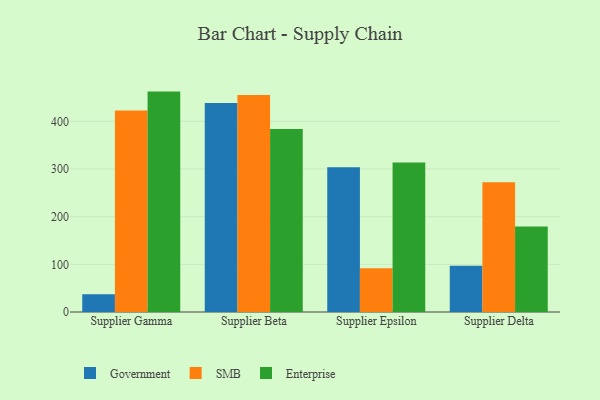
{"axis": {"x": "Supplier", "y": "Shipments"}, "legend": ["Enterprise", "Government", "SMB"], "data": [{"x": "Supplier Gamma", "y": 37.1, "type": "Government"}, {"x": "Supplier Gamma", "y": 422.9, "type": "SMB"}, {"x": "Supplier Gamma", "y": 462.3, "type": "Enterprise"}, {"x": "Supplier Beta", "y": 438.2, "type": "Government"}, {"x": "Supplier Beta", "y": 455.0, "type": "SMB"}, {"x": "Supplier Beta", "y": 383.7, "type": "Enterprise"}, {"x": "Supplier Epsilon", "y": 303.4, "type": "Government"}, {"x": "Supplier Epsilon", "y": 91.8, "type": "SMB"}, {"x": "Supplier Epsilon", "y": 313.4, "type": "Enterprise"}, {"x": "Supplier Delta", "y": 97.2, "type": "Government"}, {"x": "Supplier Delta", "y": 272.3, "type": "SMB"}, {"x": "Supplier Delta", "y": 179.6, "type": "Enterprise"}]}